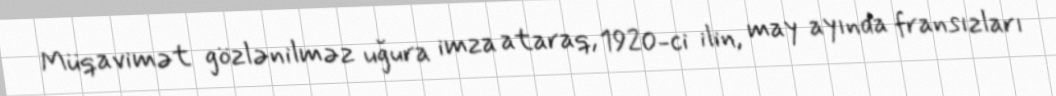
Müqavimət gözlənilməz uğura imza ataraq, 1920-ci ilin, may ayında fransızları